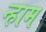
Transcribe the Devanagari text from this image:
न्हाम